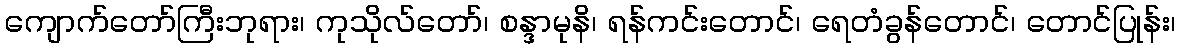
ကျောက်တော်ကြီးဘုရား၊ ကုသိုလ်တော်၊ စန္ဒာမုနိ၊ ရန်ကင်းတောင်၊ ရေတံခွန်တောင်၊ တောင်ပြုန်း၊